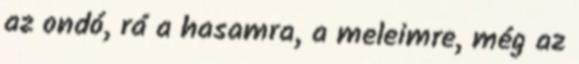
az ondó, rá a hasamra, a meleimre, még az